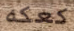
كعكه